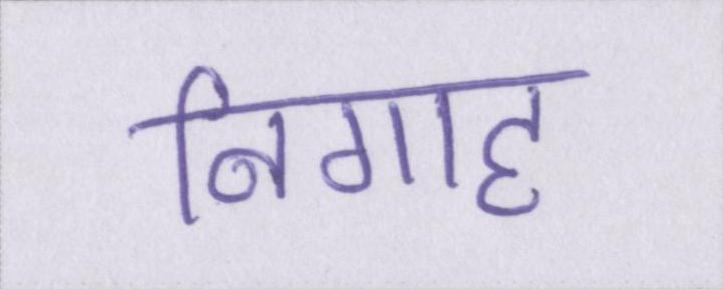
निगाह